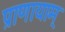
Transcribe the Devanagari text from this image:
प्राणायाम्